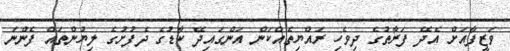
ވަޒީފާއަށް އެދޭ ފަރާތުގެ ދިވެހި ރައްޔިތެއްކަން އަންގައިދޭ ކާޑުގެ ދެފުށުގެ ލިޔުންތައް ފެންނަ